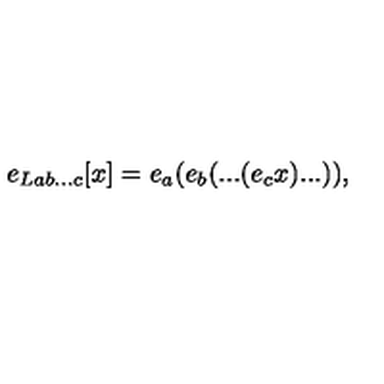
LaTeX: e _ { L a b . . . c } [ x ] = e _ { a } ( e _ { b } ( . . . ( e _ { c } x ) . . . ) ) ,